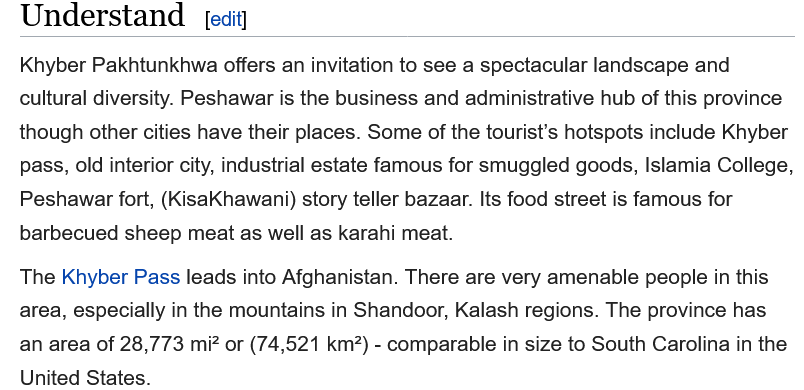
Understand
   Khyber Pakhtunkhwa offers an invitation to see a spectacular landscape and
  cultural diversity. Peshawar is the business and administrative hub of this province
  though other cities have their places. Some of the tourist's hotspots include Khyber
   pass, old interior city, industrial estate famous for smuggled goods, Islamia College,
   Peshawar fort, (KisaKhawani) story teller bazaar. Its food street is famous for
   barbecued sheep meat as well as karahi meat.
  The  Khyber Pass leads into Afghanistan. There are very amenable people in this
  area, especially in the mountains in Shandoor, Kalash regions. The province has
  an area of 28,773 mi? or (74,521 km?) - comparable in size to South Carolina in the
   United States.